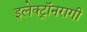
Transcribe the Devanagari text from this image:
इलेक्ट्रॉनरागी